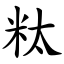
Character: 粏